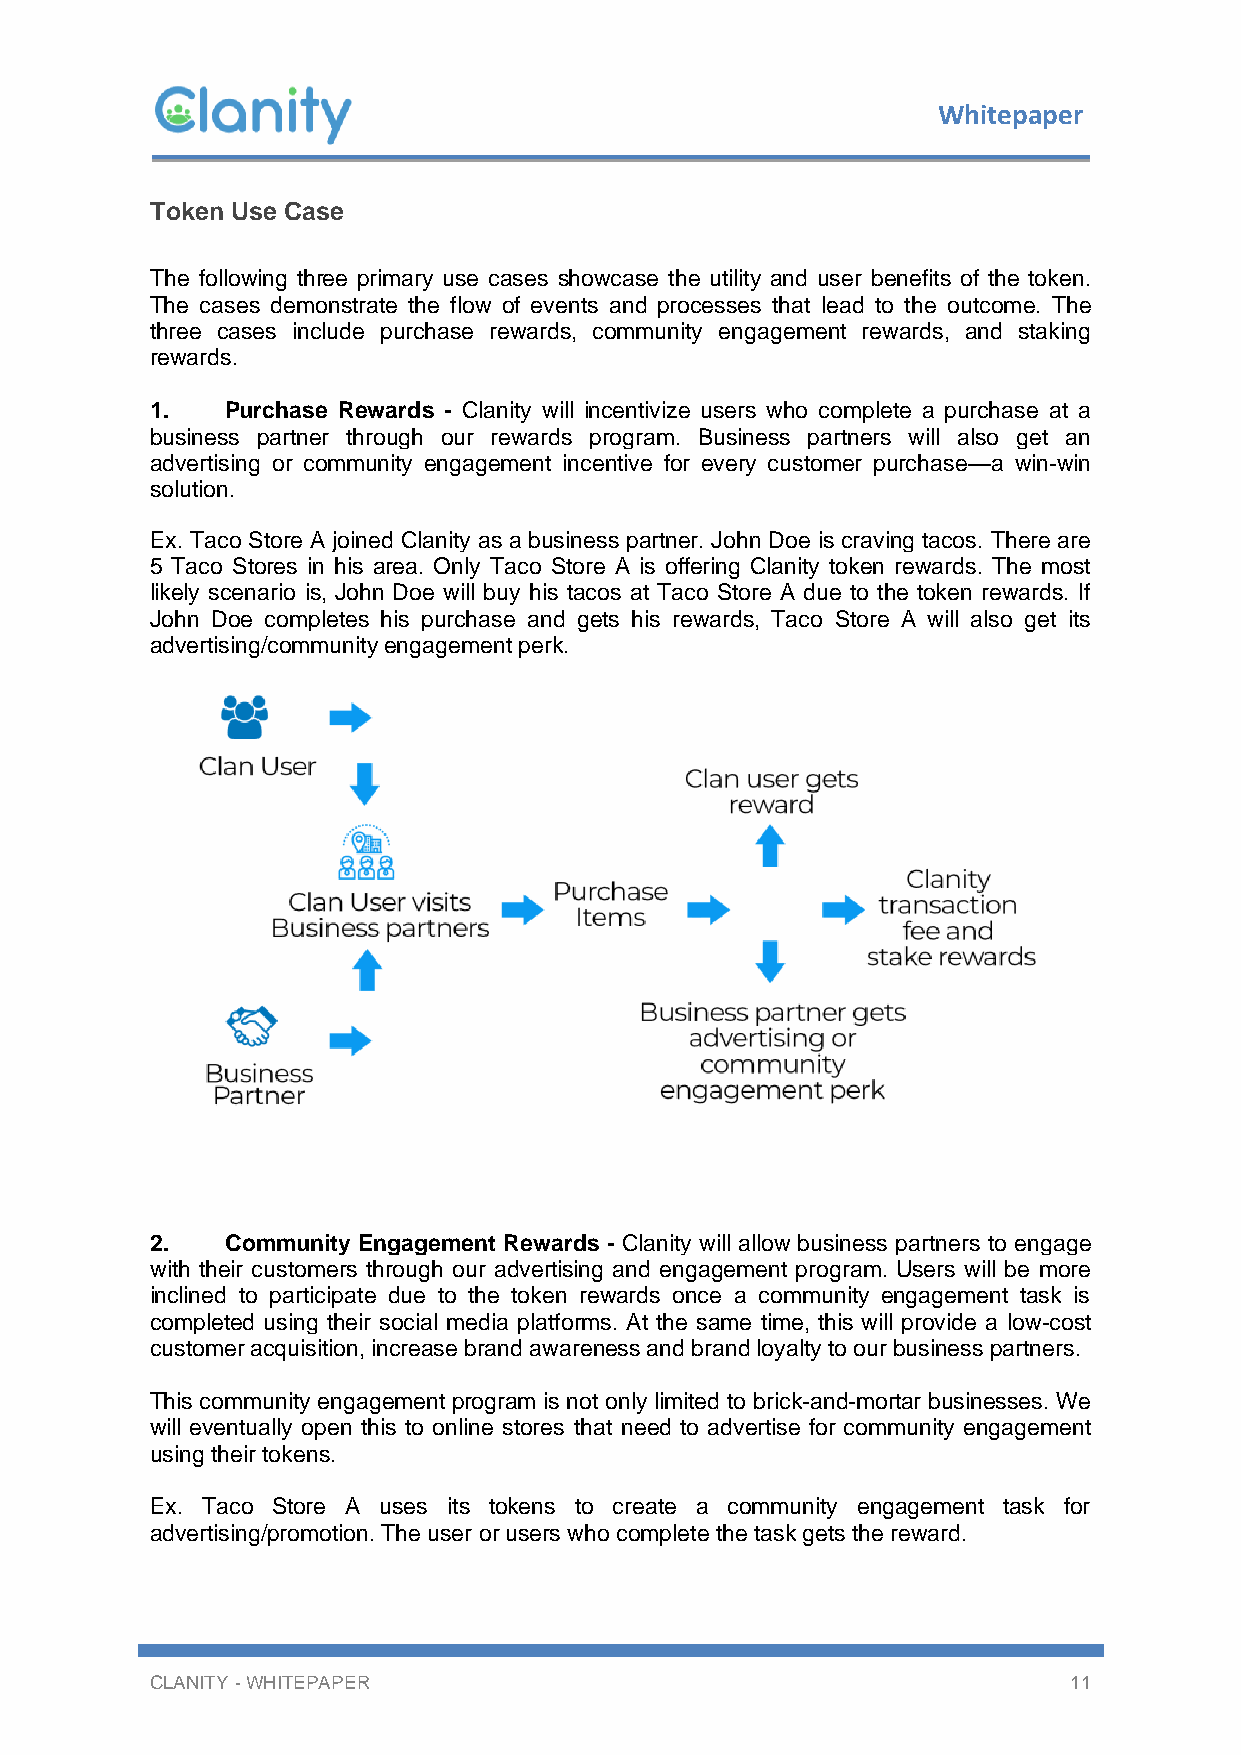
Whitepaper
 Token Use Case
 The following three primary use cases showcase the utility and user benefits of the token.
 The cases demonstrate the flow of events and processes that lead to the outcome. The
 three cases include purchase rewards, community engagement rewards, and staking
 rewards.
 1.   Purchase Rewards - Clanity will incentivize users who complete a purchase at a
 business partner through our rewards program. Business partners will also get an
 advertising or community engagement incentive for every customer purchase—a win-win
 solution.
 Ex. Taco Store A joined Clanity as a business partner. John Doe is craving tacos. There are
 5 Taco Stores in his area. Only Taco Store A is offering Clanity token rewards. The most
 likely scenario is, John Doe will buy his tacos at Taco Store A due to the token rewards. If
 John Doe completes his purchase and gets his rewards, Taco Store A will also get its
 advertising/community engagement perk.
 2.   Community Engagement Rewards - Clanity will allow business partners to engage
 with their customers through our advertising and engagement program. Users will be more
 inclined to participate due to the token rewards once a community engagement task is
 completed using their social media platforms. At the same time, this will provide a low-cost
 customer acquisition, increase brand awareness and brand loyalty to our business partners.
 This community engagement program is not only limited to brick-and-mortar businesses. We
 will eventually open this to online stores that need to advertise for community engagement
 using their tokens.
 Ex. Taco Store A uses its tokens to create a community engagement task for
 advertising/promotion. The user or users who complete the task gets the reward.
 CLANITY - WHITEPAPER                                         11